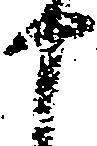
十